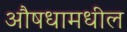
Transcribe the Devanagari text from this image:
औषधामधील